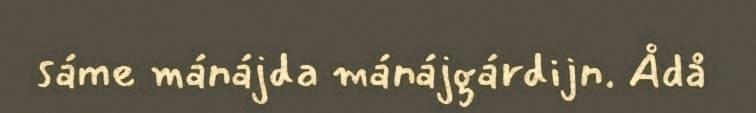
sáme mánájda mánájgárdijn. Ådå